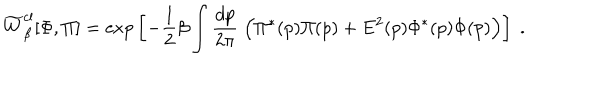
\widetilde W _ { \beta } ^ { \mathrm { c l } } [ \Phi , \Pi ] = \mathrm { e x p } \left[ - { \frac { 1 } { 2 } } \beta \int { \frac { d p } { 2 \pi } } \; \Bigl ( \Pi ^ { * } ( p ) \Pi ( p ) + E ^ { 2 } ( p ) \Phi ^ { * } ( p ) \Phi ( p ) \Bigr ) \right] \; .